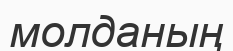
молданың